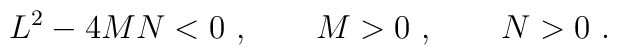
L^2- 4MN<0 \ , \qquad M>0\ , \qquad N>0\ .